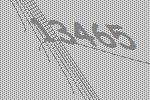
13465